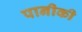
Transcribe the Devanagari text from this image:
पानीकी